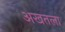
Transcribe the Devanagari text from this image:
अखतला